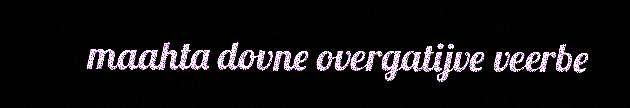
maahta dovne overgatijve veerbe